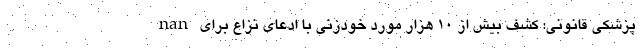
nan پزشکی قانونی: کشف بیش از ۱۰ هزار مورد خودزنی با ادعای نزاع برای